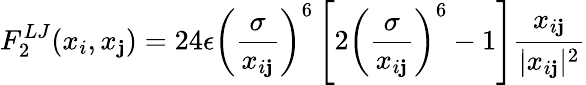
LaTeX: F_{2}^{LJ}(x_{i},x_{\mathbf{j}})=24\epsilon\left(\frac{{\sigma}}{{x_{i\mathbf{j}}}}\right)^{6}\left[2\left(\frac{{\sigma}}{{x_{i\mathbf{j}}}}\right)^{6}-1\right]\frac{{x_{i\mathbf{j}}}}{{|x_{i\mathbf{j}}|^{2}}}